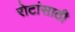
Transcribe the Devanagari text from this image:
रोटांसाठी